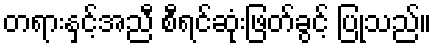
တရားနှင့်အညီ စီရင်ဆုံးဖြတ်ခွင့် ပြုသည်။